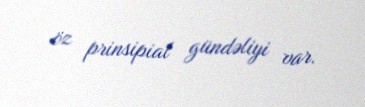
öz prinsipial gündəliyi var.